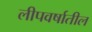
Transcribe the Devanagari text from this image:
लीपवर्षातील